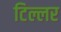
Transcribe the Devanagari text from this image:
टिल्लर